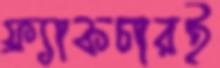
ফ্র্যাকচারই